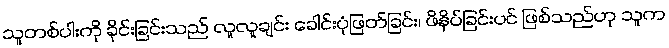
သူတစ်ပါးကို ခိုင်းခြင်းသည် လူလူချင်း ခေါင်းပုံဖြတ်ခြင်း၊ ဖိနိပ်ခြင်းပင် ဖြစ်သည်ဟု သူက